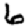
Digit: 6